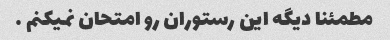
مطمئنا دیگه این رستوران رو امتحان نمیکنم …